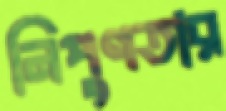
নিপুণতার